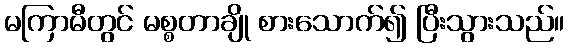
မကြာမီတွင် မစ္စတာချို စားသောက်၍ ပြီးသွားသည်။